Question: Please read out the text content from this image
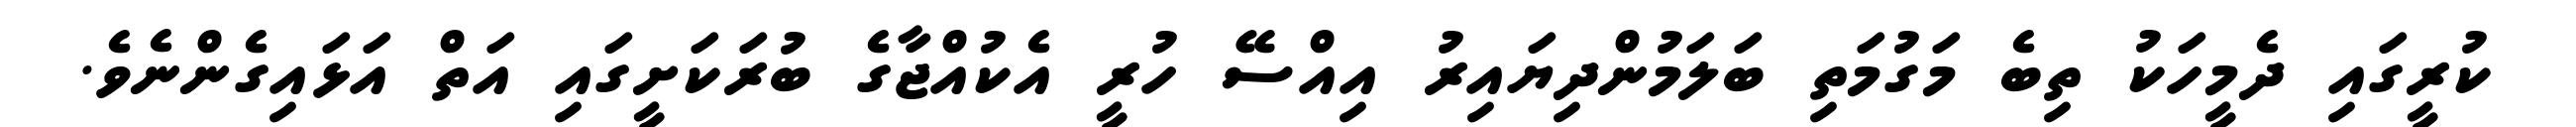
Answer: ކުރީގައި ދެމީހަކު ތިބެ މަގުމަތި ބަލަމުންދިޔައިރު އިއްސޭ ހުރީ އެކުއްޖާގެ ބުރަކަށީގައި އަތް އަޅައިގެންނެވެ.